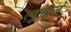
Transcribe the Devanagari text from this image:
एष़ुत्ताले